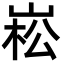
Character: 崧